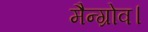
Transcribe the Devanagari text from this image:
मैन्ग्रोव।